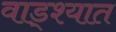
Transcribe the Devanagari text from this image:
वाड्श्यात